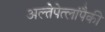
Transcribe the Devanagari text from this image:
अल्तेपेत्लांपैकी